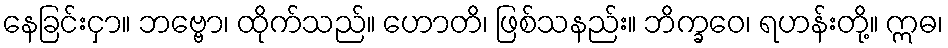
နေခြင်းငှာ။ ဘဗ္ဗော၊ ထိုက်သည်။ ဟောတိ၊ ဖြစ်သနည်း။ ဘိက္ခဝေ၊ ရဟန်းတို့။ ဣဓ၊